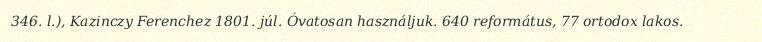
346. l.), Kazinczy Ferenchez 1801. júl. Óvatosan használjuk. 640 református, 77 ortodox lakos.